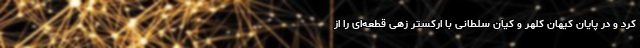
کرد و در پایان کیهان کلهر و کیان سلطانی با ارکستر زهی قطعه‌ای را از